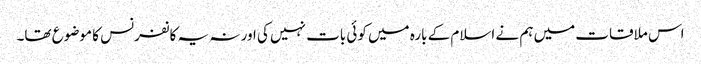
اس ملاقات میں ہم نے اسلام کے بارہ میں کوئی بات نہیں کی اور نہ یہ کانفرنس کا موضوع تھا۔